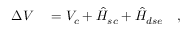
\begin{array} { r l } { \Delta V } & { { } = V _ { c } + \hat { H } _ { s c } + \hat { H } _ { d s e } \quad , } \end{array}